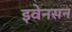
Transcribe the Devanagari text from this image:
इवेनसन